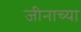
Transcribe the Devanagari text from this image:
जीनाच्या